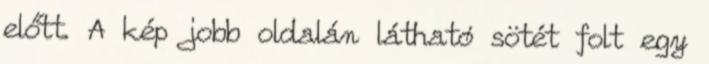
előtt. A kép jobb oldalán látható sötét folt egy